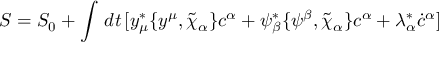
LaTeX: S = S _ { 0 } + \int \, d t \, [ y _ { \mu } ^ { * } \{ y ^ { \mu } , \tilde { \chi } _ { \alpha } \} c ^ { \alpha } + \psi _ { \beta } ^ { * } \{ \psi ^ { \beta } , \tilde { \chi } _ { \alpha } \} c ^ { \alpha } + \lambda _ { \alpha } ^ { * } \dot { c } ^ { \alpha } ]